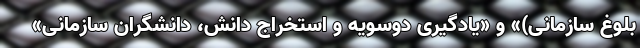
بلوغ سازمانی)» و «یادگیری دوسویه و استخراج دانش، دانشگران سازمانی»